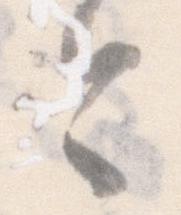
今